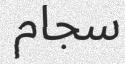
سجام